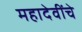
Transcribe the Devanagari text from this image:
महादेवींचे